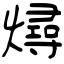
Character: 燖